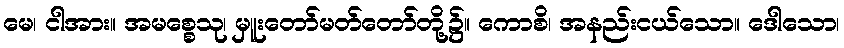
မေ၊ ငါအား။ အမစ္စေသု၊ မှူးတော်မတ်တော်တို့၌။ ကောစိ၊ အနည်းငယ်သော။ ဒေါသော၊